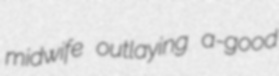
midwife outlaying a-good